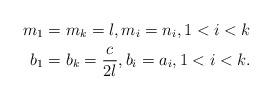
LaTeX: \begin{align*}m_{1} & =m_{k}=l,m_{i}=n_{i},1<i<k\\b_{1} & =b_{k}=\frac{c}{2l},b_{i}=a_{i},1<i<k.\end{align*}